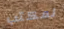
لمكتب